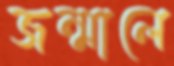
জন্মালে